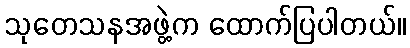
သုတေသနအဖွဲ့က ထောက်ပြပါတယ်။